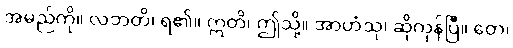
အမည်ကို။ လဘတိ၊ ရ၏။ ဣတိ၊ ဤသို့။ အာဟံသု၊ ဆိုကုန်ပြီ။ တေ၊